Report on horse surra - Volume I
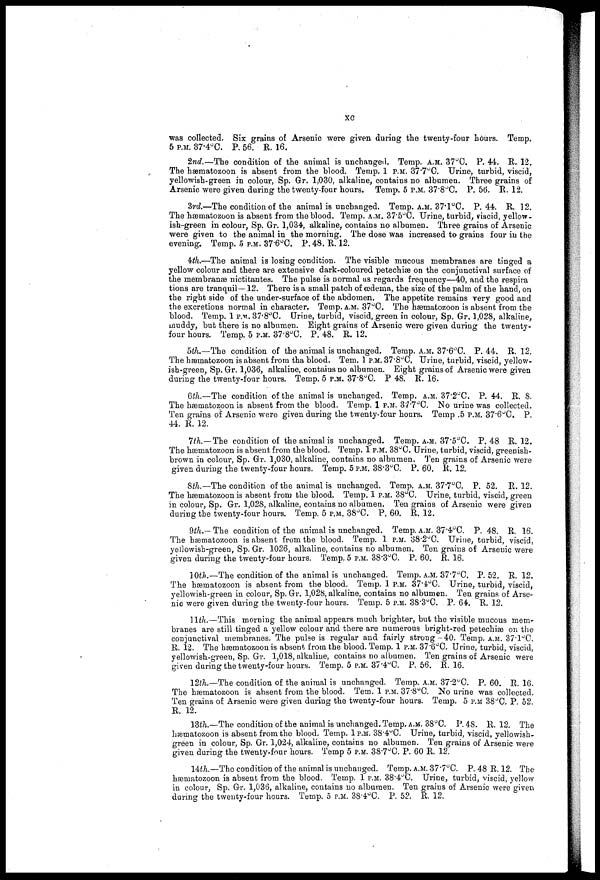
xc
was collected. Six grains of Arsenic were given during the twenty-four hours. Temp.
5 P.M. 37.4°C. P. 56. R. 16.
2nd.—The condition of the animal is unchanged. Temp. A,M. 37°C. P. 44. R, 12,
The hæniatozoon is absent from the blood. Temp, 1 P.M. 37.7°C. Urine, turbid, viscid,
yellowish-green in colour, Sp. Gr. 1,030, alkaline, contains no albumen. Three grains of
Arsenic were given during the twenty-four hours. Temp. 5 P.M. 37.8°C. P. 56. R. 12.
3rd.—The condition of the animal is unchanged. Temp. A.M. 37.1°C. P. 44. R. 12.
The hæmatozoon is absent from the blood. Temp. A.M. 37.5°C. Urine, turbid, viscid, yellow-
ish-green in colour, Sp. Gr. 1,034, alkaline, contains no albumen. Three grains of Arsenic
were given to the animal in the morning. The dose was increased to grains four in the
evening. Temp. 5 P.M. 37.6°C. P. 48. R. 12.
4th.—The animal is losing condition. The visible mucous membranes are tinged a
yellow colour and there are extensive dark-coloured petechiæ on the conjunctival surface of
the membranæ nictitantes. The pulse is normal as regards frequency—40, and the respira
tions are tranquil—12. There is a small patch of œdema, the size of the palm of the hand, on
the right side of the under-surface of the abdomen. The appetite remains very good and
the excretions normal in character. Temp. A.M. 37°C. The hæmatozoon is absent from the
blood. Temp. 1 P.M. 37.8°C. Urine, turbid, viscid, green in colour, Sp. Gr. 1,028, alkaline,
muddy, but there is no albumen. Eight grains of Arsenic were given during the twenty-
four hours. Temp. 5 P.M. 37.8°C. P. 48. R. 12.
5th.—The condition of the animal is unchanged. Temp. A.M. 37.6°C. P. 44. R. 12.
The hæmatozoon is absent from tha blood. Tern. 1 P.M. 37 . 8°C. Urine, turbid, viscid, yellow-
ish-green, Sp. Gr. 1,036, alkaline, contains no albumen. Eight grains of Arsenic were given
during the twenty-four hours. Temp. 5 P.M. 37.8°G. P 48. R. 16.
6th.—The condition of the animal is unchanged. Temp. A.M. 37.2°C. P. 44. R. S.
The hæmatozoon is absent from the blood. Temp. 1 P.M. 3/.7°C. No urine was collected.
Ten grains of Arsenic were given during the twenty-four hours. Temp .5 P.M. 37.6°C. P.
44. R. 12.
7th. — The condition of the animal is unchanged. Temp. A.M. 37.5°C. P. 48 R. 12.
The hæmatozoon is absent from the blood. Temp. 1 P.M. 38°C. Urine, turbid, viscid, greenish-
brown in colour, Sp. Gr. 1,030, alkaline, contains no albumen. Ten grains of Arsenic were
given during the twenty-four hours. Temp. 5 P.M. 38.3°C. P. 60. R. 12.
8th.—The condition of the animal is unchanged. Temp. A.M. 37.7°C. P. 52. R. 12.
The hæmatozoon is absent from the blood. Temp. 1 P.M. 38°C. Urine, turbid, viscid, green
in colour, Sp. Gr. 1,028, alkaline, contains no albumen. Ten grains of Arsenic were given
during the twenty-four hours. Temp. 5 P.M. 38°C. P. 60. R. 12.
9th.— The condition of the animal is unchanged. Temp. A.M. 37.4°C. P. 48. R. 16.
The hæmatozoon is absent from the blood. Temp. 1 P.M. 38 . 2°C. Urine, turbid, viscid,
yellowish-green, Sp. Gr. 1026, alkaline, contains no albumen. Ten grains of Arsenic were
given during the twenty-four hours. Temp. 5 P.M. 38.3°C. P. 60. R. 16.
10th.—The condition of the animal is unchanged. Temp. A.M. 37.7°C. P. 52. R. 12.
The hæmatozoon is absent from the blood. Temp. 1 P.M. 37.4°C. Urine, turbid, viscid,
yellowish-green in colour, Sp. Gr. 1,028, alkaline, contains no albumen. Ten grains of Arse-
nic were given during the twenty-four hours. Temp. 5 P.M. 38.3°C. P. 64. R, 12.
11th.—This morning the animal appears much brighter, but the visible mucous mem-
branes are still tinged a yellow colour and there are numerous bright-red petechiæ on the
conjunctival membranes. The pulse is regular and fairly strong -40. Temp. A.M. 37.1°C.
R. 12. The hæmatozoon is absent from the blood. Temp. 1 P.M. 37.6°C. Urine, turbid, viscid,
yellowish-green, Sp. Gr. 1,018, alkaline, contains no albumen. Ten grains of Arsenic were
given during the twenty-four hours. Temp. 5 P.M. 37.4°C. P. 56. R. 16.
12th.—The condition of the animal is unchanged. Temp. A.M. 37.2°C. P. 60. R. 16.
The hæmatozoon is absent from the blood. Tern, 1 P.M. 37.8°C. No urine was collected.
Ten grains of Arsenic were given during the twenty-four hours. Temp. 5 P.M 38°C. P. 52
R. 12.
13th.—The condition of the animal is unchanged. Temp, A.M. 38°C. P. 48. R. 12. The
hæmatozoon is absent from the blood. Temp, 1P.M. 38 . 4°C. Urine, turbid, viscid, yellowish-
green in colour, Sp. Gr. 1,024, alkaline, contains no albumen. Ten grains of Arsenic were
given during the twenty-four hours. Temp 5 P.M. 38.7°C. P. 60 R. 12.
14th.—The condition of the animal is unchanged. Temp, A.M. 37.7°C. P.. 48 R. 12. The
hæmatozoon is absent from the blood. Temp. 1 P.M. 38.4°C. Urine, turbid, viscid, yellow
in colour, Sp. Gr. 1,036, alkaline, contains no albumen. Ten grains of Arsenic were given
during the twenty-four hours. Temp. 5 P.M. 38.4°C. P. 52. R. 12.